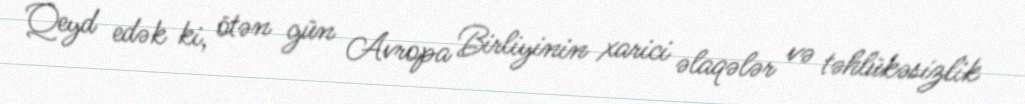
Qeyd edək ki, ötən gün Avropa Birliyinin xarici əlaqələr və təhlükəsizlik